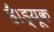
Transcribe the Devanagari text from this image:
है।ड्यूक